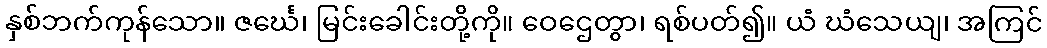
နှစ်ဘက်ကုန်သော။ ဇင်္ဃေ၊ မြင်းခေါင်းတို့ကို။ ဝေဌေတွာ၊ ရစ်ပတ်၍။ ယံ ဃံသေယျ၊ အကြင်